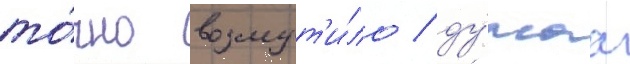
то́чно возмут'и́ло / ду́маа